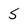
Character: S